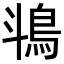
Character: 𬷄